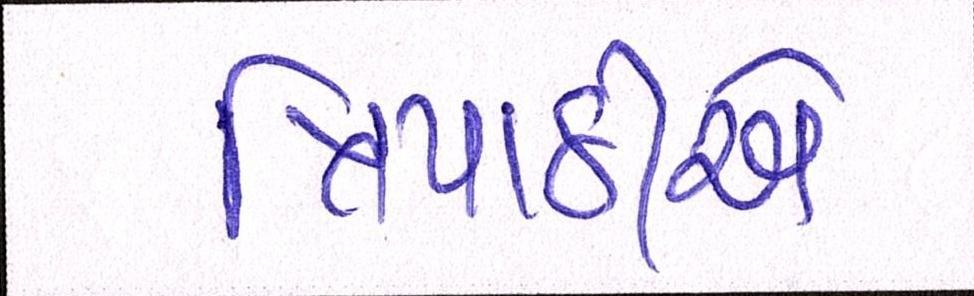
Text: ત્રિપાઠીએ